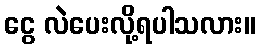
ငွေ လဲပေးလို့ရပါသလား။